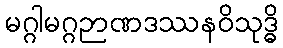
မဂ္ဂါမဂ္ဂဉာဏဒဿနဝိသုဒ္ဓိ